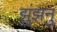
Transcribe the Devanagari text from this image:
झुंझनु